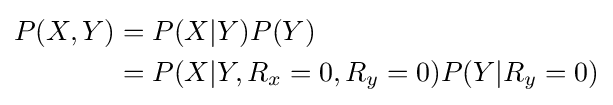
{\begin{aligned}P(X,Y)&=P(X|Y)P(Y)\\&=P(X|Y,R_{x}=0,R_{y}=0)P(Y|R_{y}=0)\end{aligned}}